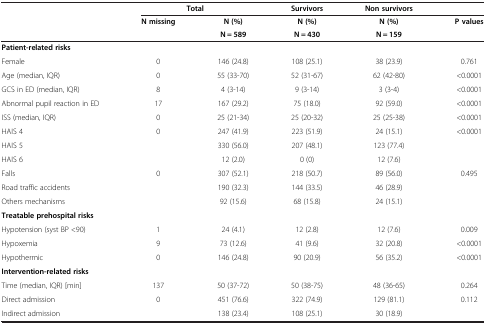
<table><thead><tr><td><b> </b></td><td colspan="2"><b>Total</b></td><td><b>Survivors</b></td><td><b>Non survivors</b></td><td><b> </b></td></tr><tr><td><b> </b></td><td><b>N missing</b></td><td><b>N (%)</b></td><td><b>N (%)</b></td><td><b>N (%)</b></td><td><b>P values</b></td></tr><tr><td><b> </b></td><td><b> </b></td><td><b>N = 589</b></td><td><b>N = 430</b></td><td><b>N = 159</b></td><td><b> </b></td></tr></thead><tbody><tr><td><b>Patient-related risks</b></td><td> </td><td> </td><td> </td><td> </td><td> </td></tr><tr><td>Female</td><td>0</td><td>146 (24.8)</td><td>108 (25.1)</td><td>38 (23.9)</td><td>0.761</td></tr><tr><td>Age (median, IQR)</td><td>0</td><td>55 (33-70)</td><td>52 (31-67)</td><td>62 (42-80)</td><td>&lt;0.0001</td></tr><tr><td>GCS in ED (median, IQR)</td><td>8</td><td>4 (3-14)</td><td>9 (3-14)</td><td>3 (3-4)</td><td>&lt;0.0001</td></tr><tr><td>Abnormal pupil reaction in ED</td><td>17</td><td>167 (29.2)</td><td>75 (18.0)</td><td>92 (59.0)</td><td>&lt;0.0001</td></tr><tr><td>ISS (median, IQR)</td><td>0</td><td>25 (21-34)</td><td>25 (20-32)</td><td>25 (25-38)</td><td>&lt;0.0001</td></tr><tr><td>HAIS 4</td><td>0</td><td>247 (41.9)</td><td>223 (51.9)</td><td>24 (15.1)</td><td>&lt;0.0001</td></tr><tr><td>HAIS 5</td><td> </td><td>330 (56.0)</td><td>207 (48.1)</td><td>123 (77.4)</td><td> </td></tr><tr><td>HAIS 6</td><td> </td><td>12 (2.0)</td><td>0 (0)</td><td>12 (7.6)</td><td> </td></tr><tr><td>Falls</td><td>0</td><td>307 (52.1)</td><td>218 (50.7)</td><td>89 (56.0)</td><td>0.495</td></tr><tr><td>Road traffic accidents</td><td> </td><td>190 (32.3)</td><td>144 (33.5)</td><td>46 (28.9)</td><td> </td></tr><tr><td>Others mechanisms</td><td> </td><td>92 (15.6)</td><td>68 (15.8)</td><td>24 (15.1)</td><td> </td></tr><tr><td><b>Treatable prehospital risks</b></td><td> </td><td> </td><td> </td><td> </td><td> </td></tr><tr><td>Hypotension (syst BP &lt;90)</td><td>1</td><td>24 (4.1)</td><td>12 (2.8)</td><td>12 (7.6)</td><td>0.009</td></tr><tr><td>Hypoxemia</td><td>9</td><td>73 (12.6)</td><td>41 (9.6)</td><td>32 (20.8)</td><td>&lt;0.0001</td></tr><tr><td>Hypothermic</td><td>0</td><td>146 (24.8)</td><td>90 (20.9)</td><td>56 (35.2)</td><td>&lt;0.0001</td></tr><tr><td><b>Intervention-related risks</b></td><td> </td><td> </td><td> </td><td> </td><td> </td></tr><tr><td>Time (median, IQR) [min]</td><td>137</td><td>50 (37-72)</td><td>50 (38-75)</td><td>48 (36-65)</td><td>0.264</td></tr><tr><td>Direct admission</td><td>0</td><td>451 (76.6)</td><td>322 (74.9)</td><td>129 (81.1)</td><td>0.112</td></tr><tr><td>Indirect admission</td><td> </td><td>138 (23.4)</td><td>108 (25.1)</td><td>30 (18.9)</td><td> </td></tr></tbody></table>